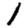
Digit: 1